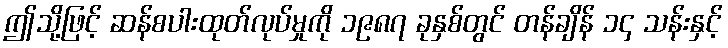
ဤသို့ဖြင့် ဆန်စပါးထုတ်လုပ်မှုကို ၁၉၈၇ ခုနှစ်တွင် တန်ချိန် ၁၄ သန်းနှင့်